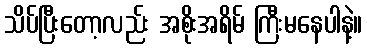
သိပ်ပြီးတော့လည်း အစိုးအရိမ် ကြီးမနေပါနဲ့။